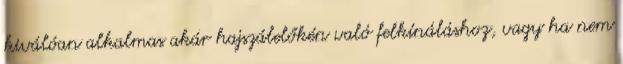
kiválóan alkalmas akár hajszálelőkén való felkínáláshoz, vagy ha nem